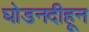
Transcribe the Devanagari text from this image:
घोडनदीहून